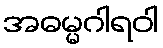
အဓမ္မဂါရဝါ